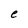
Character: e